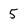
Character: 5